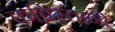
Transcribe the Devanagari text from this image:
क़ब्रिस्तानों